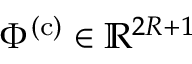
\Phi ^ { ( \mathrm { c } ) } \in \mathbb { R } ^ { 2 R + 1 }